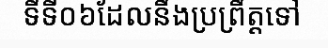
ទីទី០៦ដែលនឹងប្រព្រឹត្តទៅ